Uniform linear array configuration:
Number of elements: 24
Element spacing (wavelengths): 0.5
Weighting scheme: exponential
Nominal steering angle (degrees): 30
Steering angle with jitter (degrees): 29.887
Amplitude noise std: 0.05
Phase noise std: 0.05

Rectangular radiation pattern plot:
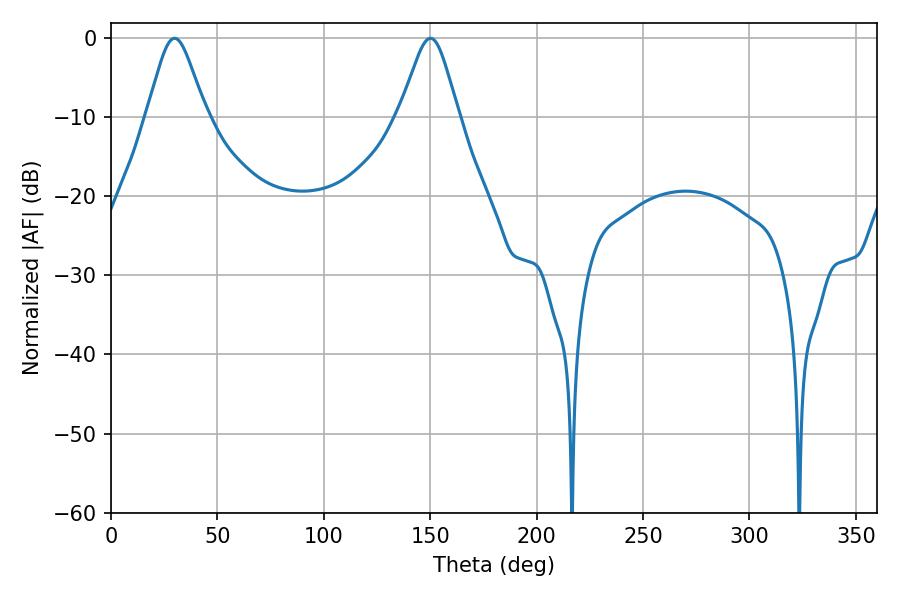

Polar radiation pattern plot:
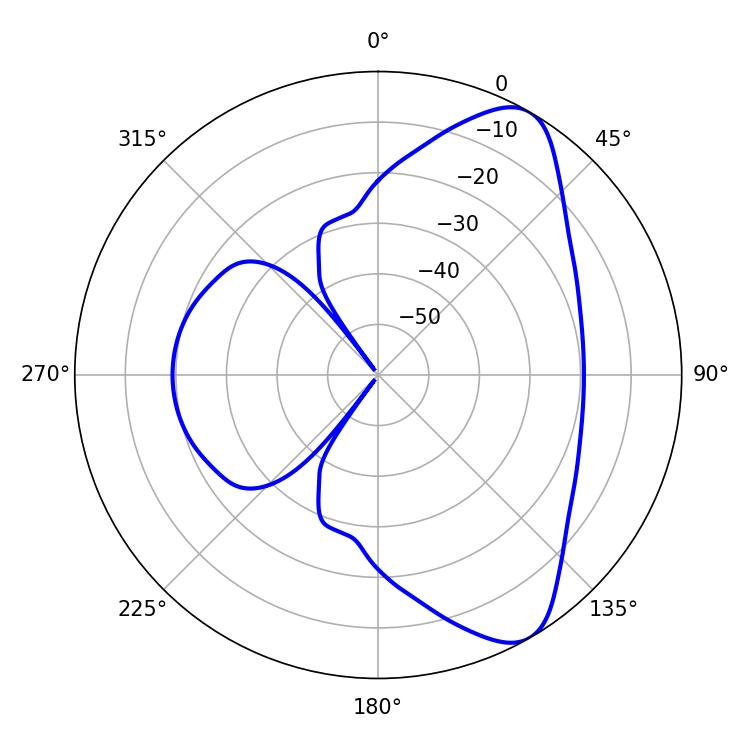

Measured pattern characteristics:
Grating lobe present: FALSE
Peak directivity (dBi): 8.29
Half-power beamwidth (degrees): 13.32
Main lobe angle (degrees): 29.88